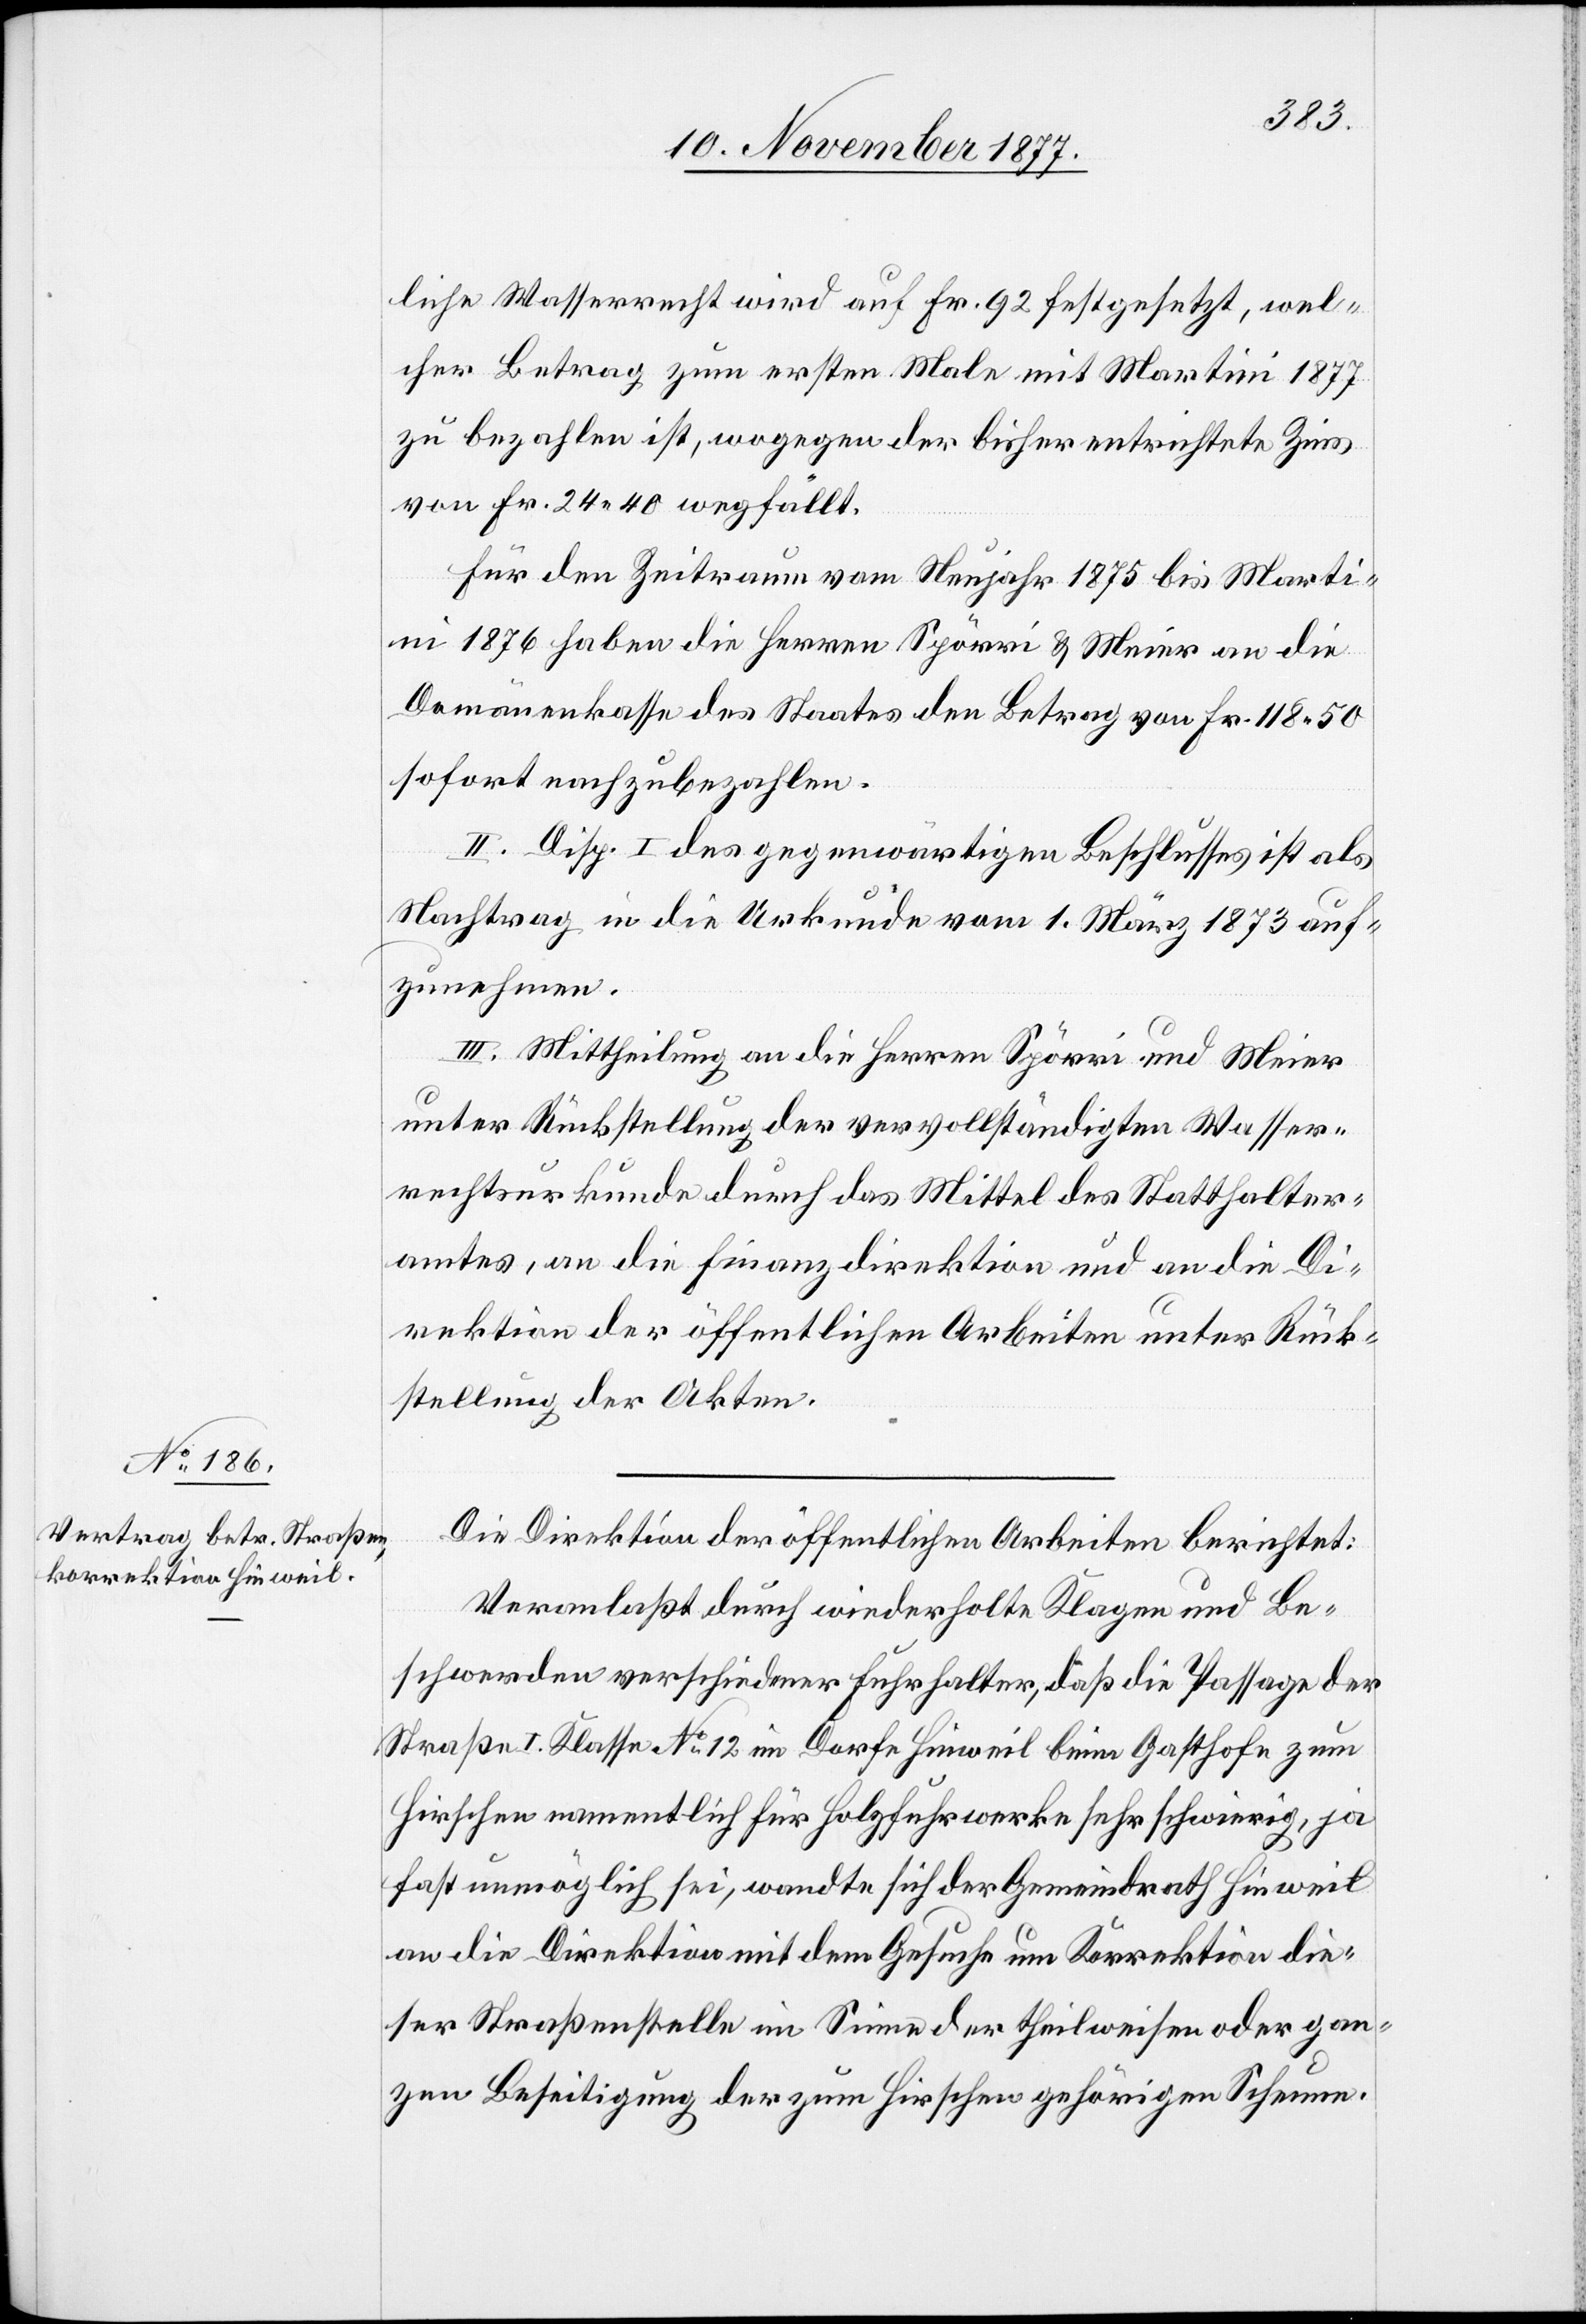
liche Wasserrecht wird auf Fr. 92 festgesetzt, wel¬
cher Betrag zum ersten Male mit Martini 1877
zu bezahlen ist, wogegen der bisher entrichtete Zins
von Fr. 24 40 wegfällt.
Für den Zeitraum vom Neujahr 1875 bis Marti¬
ni 1876 haben die Herren Spörri & Meier an die
Domänenkasse des Staates den Betrag von Fr. 118 50
sofort nachzubezahlen.
II. Disp. I des gegenwärtigen Beschlusses ist als
Nachtrag in die Urkunde vom 1. März 1873 auf¬
zunehmen.
III. Mittheilung an die Herren Spörri und Meier
unter Rückstellung der vervollständigten Wasser¬
rechtsurkunde durch das Mittel des Statthalter¬
amtes, an die Finanzdirektion und an die Di¬
rektion der öffentlichen Arbeiten unter Rück¬
stellung der Akten.
Die Direktion der öffentlichen Arbeiten berichtet:
Veranlaßt durch wiederholte Klagen und Be¬
schwerden verschiedener Fuhrhalter, daß die Passage der
Straße I. Klasse No 12 im Dorfe Hinweil beim Gasthofe zum
Hirschen namentlich für Holzfuhrwerke sehr schwierig, ja
fast unmöglich sei, wandte sich der Gemeindrath Hinweil
an die Direktion mit dem Gesuche um Korrektion die¬
ser Straßenstelle im Sinne der theilweisen oder gan¬
zen Beseitigung der zum Hirschen gehörigen Scheune.